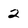
Character: 2